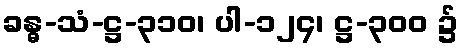
ခန္ဓ-သံ-ဋ္ဌ-၃၁၀၊ ပါ-၁၂၄၊ ဋ္ဌ-၃၀၀ ၌